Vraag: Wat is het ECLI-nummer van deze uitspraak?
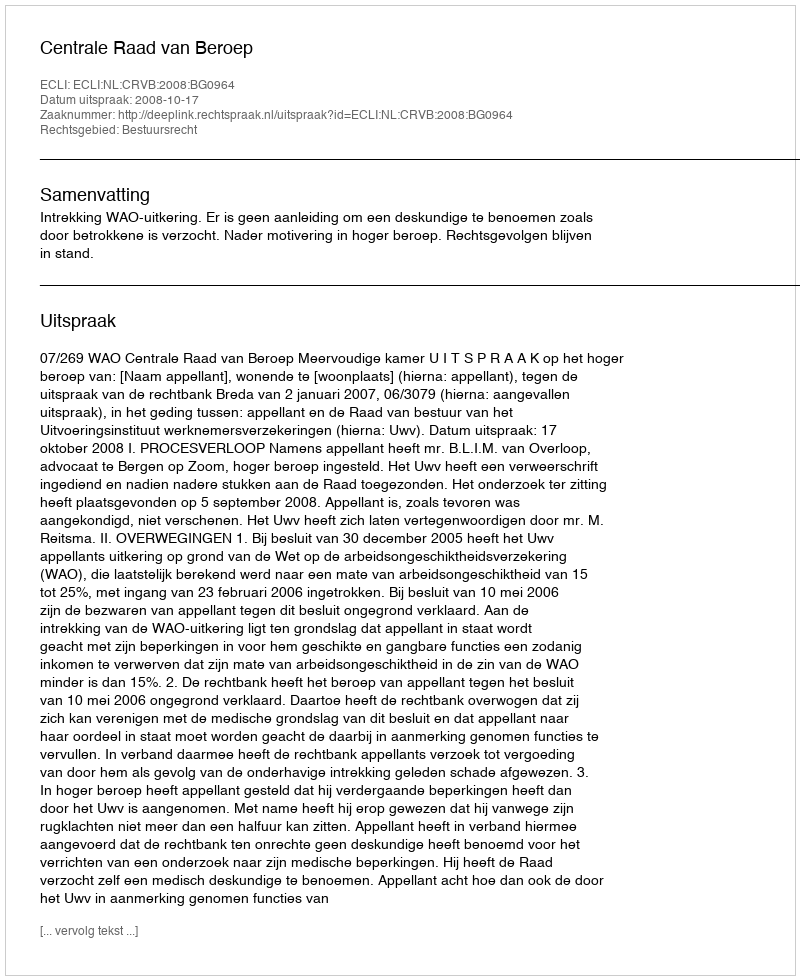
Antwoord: ECLI:NL:CRVB:2008:BG0964